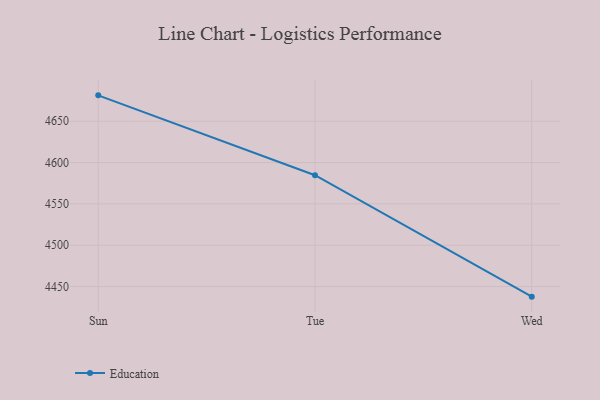
{"axis": {"x": "Day", "y": "Bounce Rate (%)"}, "legend": ["Education"], "data": [{"x": "Sun", "y": 4681.3, "type": "Education"}, {"x": "Tue", "y": 4584.7, "type": "Education"}, {"x": "Wed", "y": 4437.8, "type": "Education"}]}